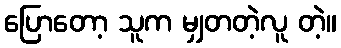
ပြောတော့ သူက မျှတတဲ့လူ တဲ့။